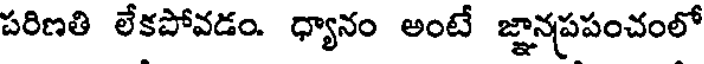
పరిణతి లేకపోవడం. ధ్యానం అంటే జ్ఞానప్రపంచంలో